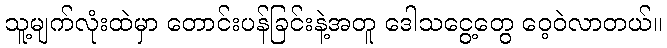
သူ့မျက်လုံးထဲမှာ တောင်းပန်ခြင်းနဲ့အတူ ဒေါသငွေ့တွေ ဝေ့ဝဲလာတယ်။